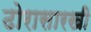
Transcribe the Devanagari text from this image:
ढोरासारखी